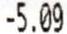
-5.09